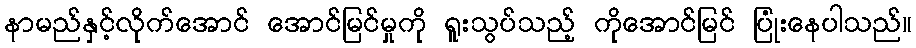
နာမည်နှင့်လိုက်အောင် အောင်မြင်မှုကို ရူးသွပ်သည့် ကိုအောင်မြင် ပြုံးနေပါသည်။